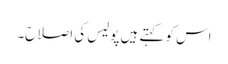
اس کو کہتے ہیں پولیس کی اصلاح۔